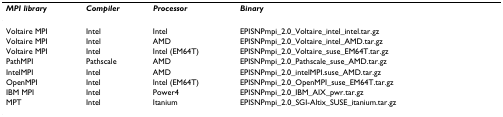
<table><thead><tr><td><b><i>MPI library</i></b></td><td><b><i>Compiler</i></b></td><td><b><i>Processor</i></b></td><td><b><i>Binary</i></b></td></tr></thead><tbody><tr><td>Voltaire MPI</td><td>Intel</td><td>Intel</td><td>EPISNPmpi_2.0_Voltaire_intel_intel.tar.gz</td></tr><tr><td>Voltaire MPI</td><td>Intel</td><td>AMD</td><td>EPISNPmpi_2.0_Voltaire_intel_AMD.tar.gz</td></tr><tr><td>Voltaire MPI</td><td>Intel</td><td>Intel (EM64T)</td><td>EPISNPmpi_2.0_Voltaire_suse_EM64T.tar.gz</td></tr><tr><td>PathMPI</td><td>Pathscale</td><td>AMD</td><td>EPISNPmpi_2.0_Pathscale_suse_AMD.tar.gz</td></tr><tr><td>IntelMPI</td><td>Intel</td><td>AMD</td><td>EPISNPmpi_2.0_intelMPI.suse_AMD.tar.gz</td></tr><tr><td>OpenMPI</td><td>Intel</td><td>Intel (EM64T)</td><td>EPISNPmpi_2.0_OpenMPI_suse_EM64T.tar.gz</td></tr><tr><td>IBM MPI</td><td>Intel</td><td>Power4</td><td>EPISNPmpi_2.0_IBM_AIX_pwr.tar.gz</td></tr><tr><td>MPT</td><td>Intel</td><td>Itanium</td><td>EPISNPmpi_2.0_SGI-Altix_SUSE_itanium.tar.gz</td></tr></tbody></table>